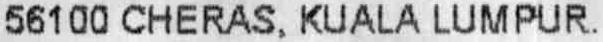
56100 CHERAS, KUALA LUMPUR.